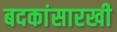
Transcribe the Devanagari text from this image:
बदकांसारखी